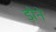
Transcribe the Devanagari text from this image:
डोने